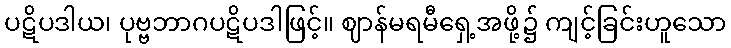
ပဋိပဒါယ၊ ပုဗ္ဗဘာဂပဋိပဒါဖြင့်။ ဈာန်မရမီရှေ့အဖို့၌ ကျင့်ခြင်းဟူသော